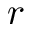
r